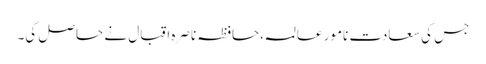
جس کی سعادت نامور عالمہ،حافظہ ناصرہ اقبال نے حاصل کی۔